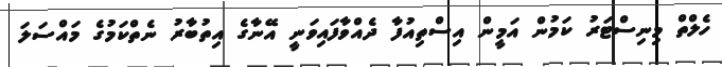
ހެލްތް މިނިސްޓަރު ކަމުން އަމީން އިސްތިއުފާ ދެއްވާފައިވަނީ އޭނާގެ އިތުބާރު ނެތްކަމުގެ މައްސަލަ